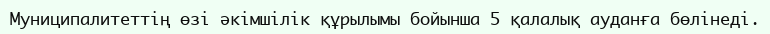
Муниципалитеттің өзі әкімшілік құрылымы бойынша 5 қалалық ауданға бөлінеді.